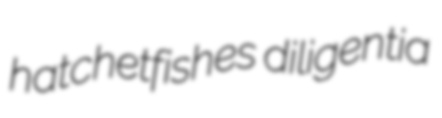
hatchetfishes diligentia